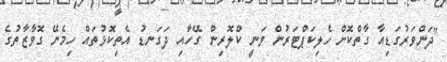
"ދަންވަރުގަޑިއާ ގާތްކޮށް ހެލިކަޕްޓަރުން ވަނީ ކްލޮރިން ގޭހާއި ދަގަނޑު އެތިކޮޅުތައް ހިމެނޭ ގޮވާޒާތުގެ